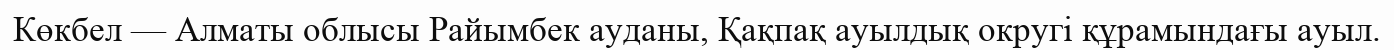
Көкбел — Алматы облысы Райымбек ауданы, Қақпақ ауылдық округі құрамындағы ауыл.